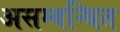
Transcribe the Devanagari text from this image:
असम्बन्धित